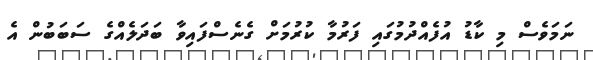
ނަމަވެސް މި ކާޑު އުފެއްދުމުގައި ފަރުމާ ކުރުމަށް ގެނެސްފައިވާ ބަދަލެއްގެ ސަބަބުން އެ